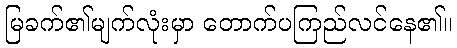
မြခက်၏မျက်လုံးမှာ တောက်ပကြည်လင်နေ၏။